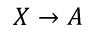
X \rightarrow A